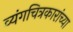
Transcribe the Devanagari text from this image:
व्यंगचित्रकारांच्या